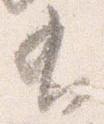
有